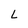
Character: L